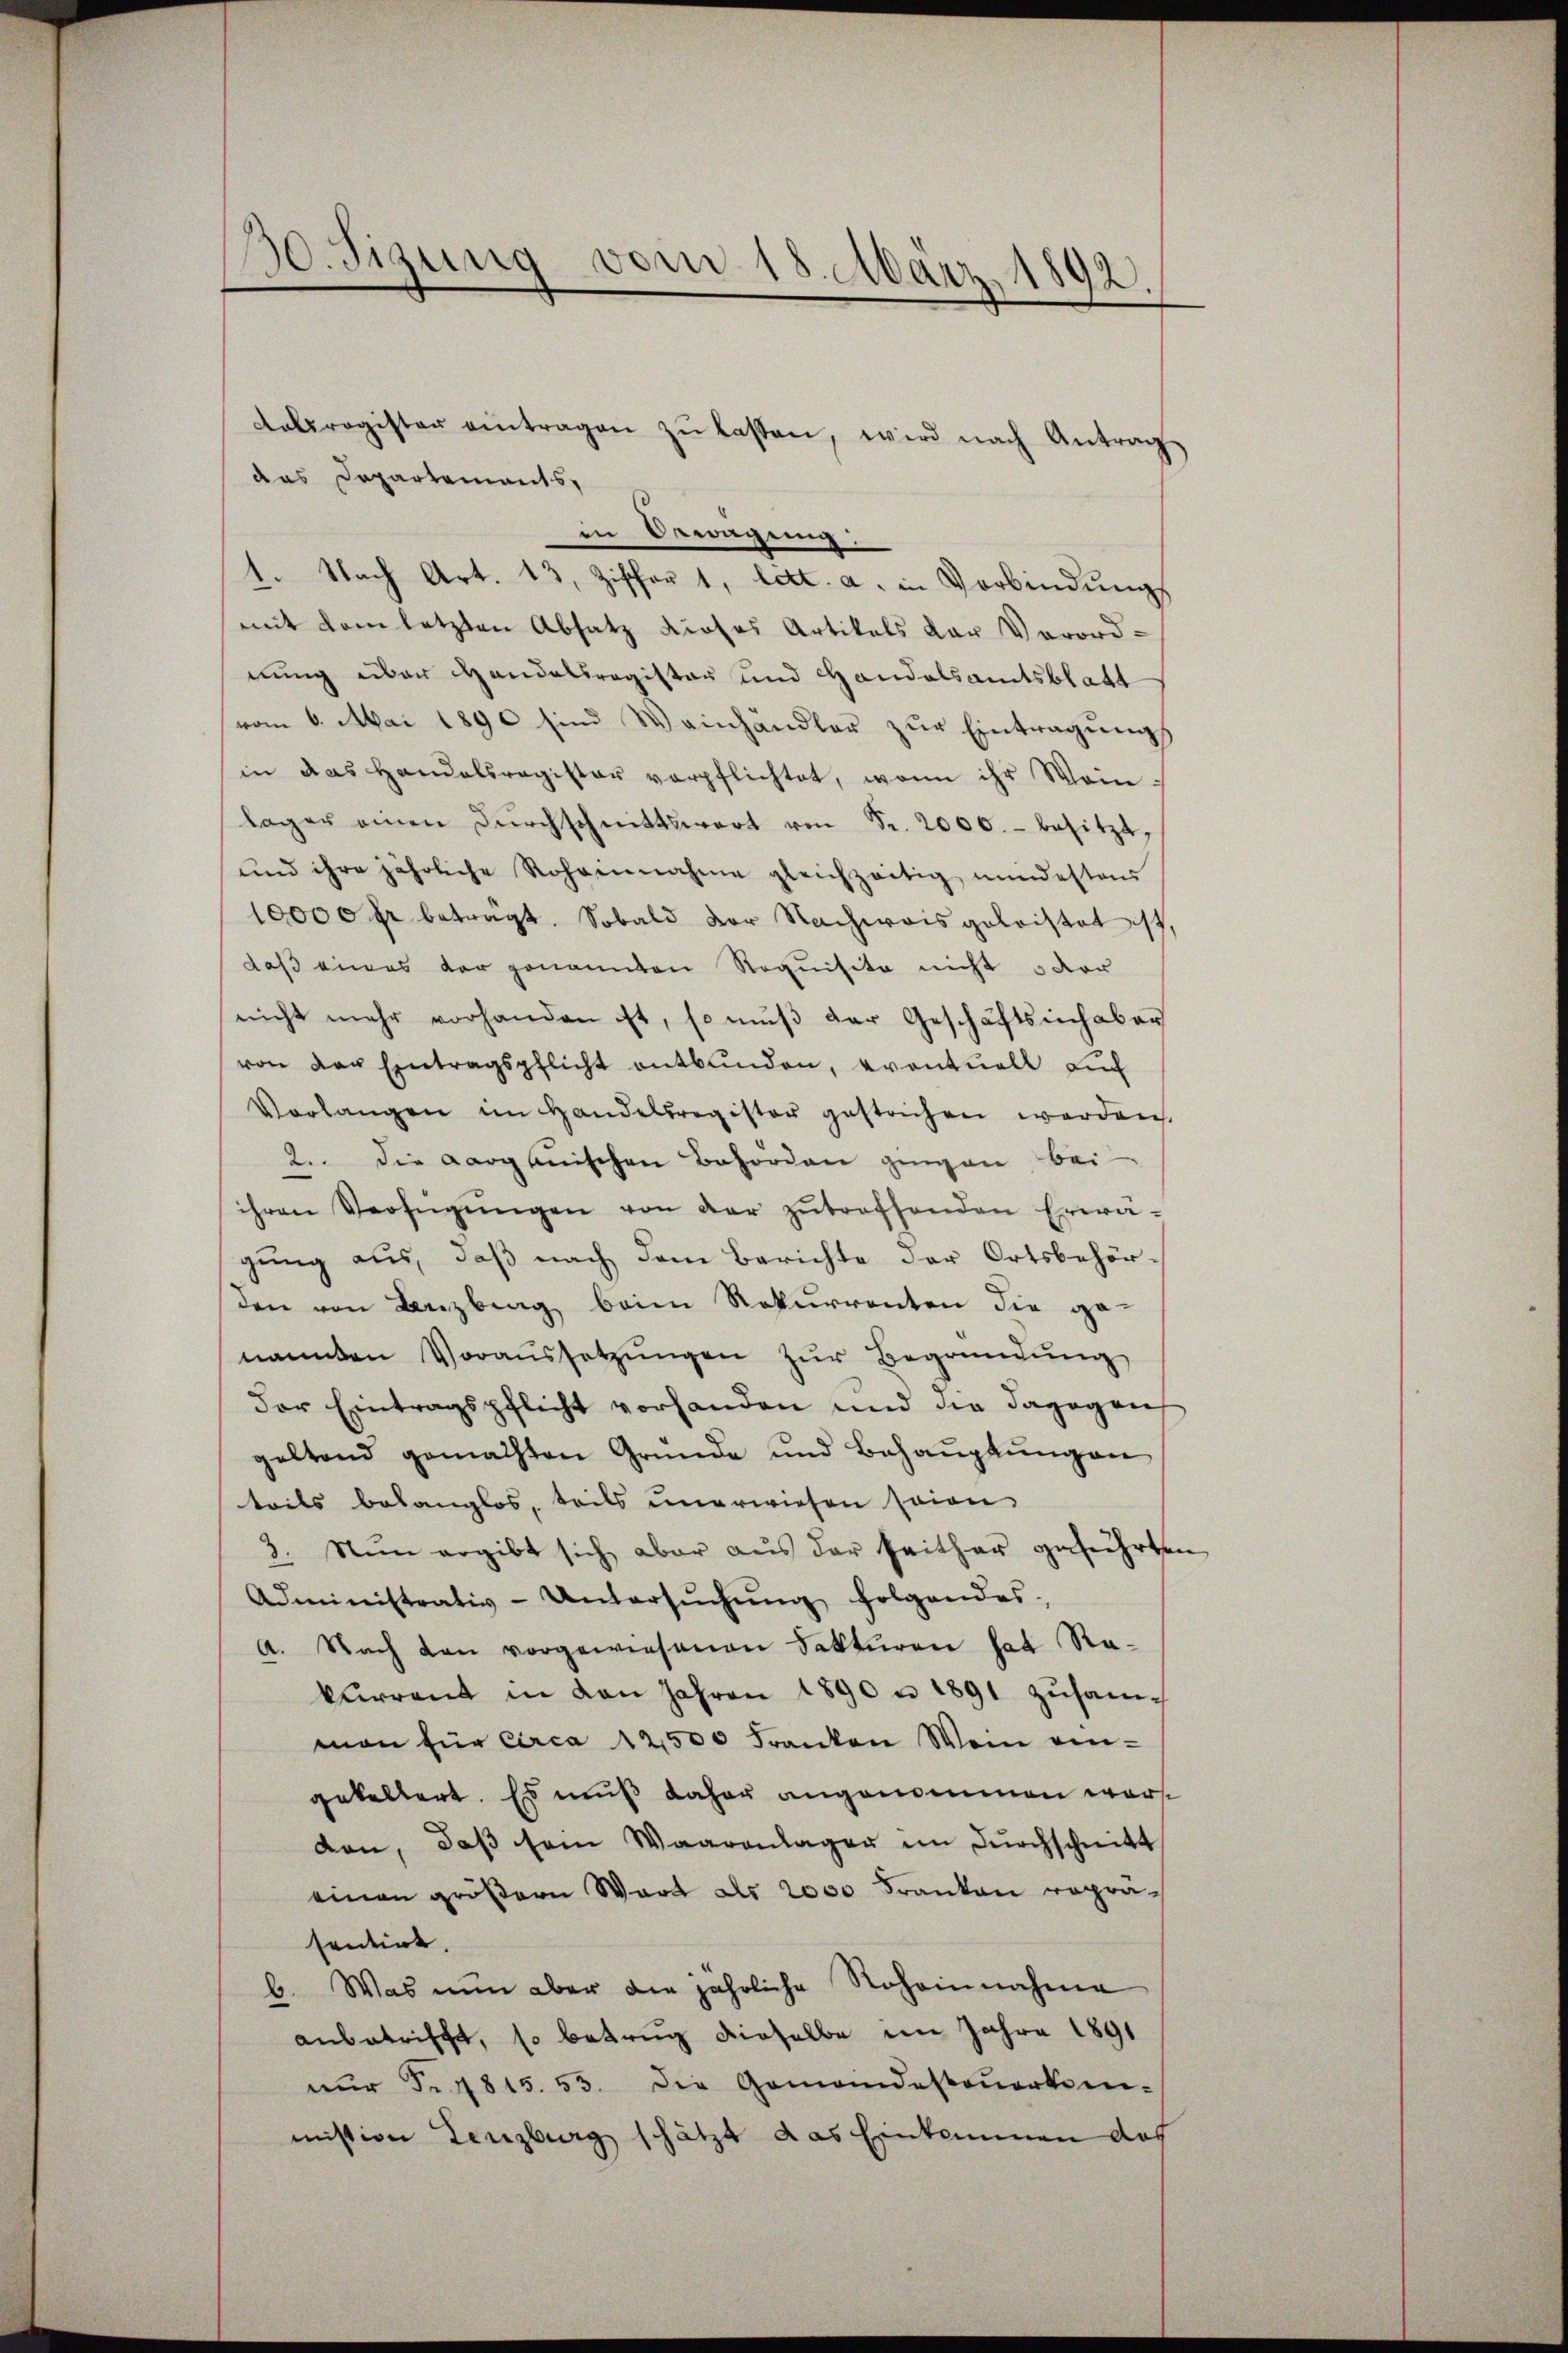
das Departements,
in Bewegung
1. Nach Art. 13, Ziffer 1, lett. a. in Verbindung
mit dem letzten Absatz diosos Artikals der Verordnung über Handelsregister und Handelsamtsblatt
vom 6. Mai 1890 sind Weinhandler zŭr Eintragŭngs
in das Handelsregister verpflichtet, wenn ihr Wein-
lager einen Dŭrchschnittswert von Fr. 2000.- besitzt,
und ihre jährliche Rohannahme gleichzeitig mindestens
10000 fr beträgt. Sobald vor Nachweis geleistet ist,
daß eines der genannten Noquisite nicht 5 der
nicht mehr vorhanden ist, so mŭβ der Geschäftsinhaber
von der Eintragspflicht entbunden, eventuell auch
Vorlangen im Handelsregister gestrichen werden.
2.. Die aargauischen Behörden gingen bei
ihren Verfügŭngen von der zŭtreffenden Erwä-
gung aus, daß nach dem Berichte der Ortsbehörden von Lenzberg beim Rekurrenten die ge-
nannten Voraŭssetzŭngen zŭr Begründŭng
der Eintragspflicht vorhanden und die dagegen
geltend gemachten Gründe und Behauptungen
teils belanglos, teils unerwiesen seien,
3. Nun ergibt sich aber aus der seither geführten
Administrativ-Untersŭchŭng folgendes
a. Nach den vorgewiesenen Sekturen hat Rakurrent in den Jahren 1890 u. 1891 zusamman für circa 12,500 Franken Wein eingekeltert. Es muß daher angenommen wordon, daβ sein Waarenlager im Dŭrchschnitt
einen größern Wart als 2000 Franken repräsentirt.
b. Was nun aber die jährliche Roheinnahme
anbetrifft, so betrug dieselbe im Jahre 1891
nŭr Fr. 1815. 53. Die Gemeindesteŭerken-
mission Lenzburg schätzt das Einkommen des

330. Sizung vom 18. März 1892.

delsregister eintragen zŭ lassen, wird nach Antrag

e